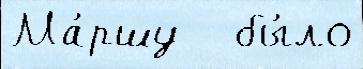
Ма́ршу   бы́ло